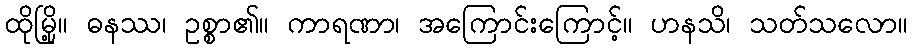
ထိုမြို့။ ဓနဿ၊ ဥစ္စာ၏။ ကာရဏာ၊ အကြောင်းကြောင့်။ ဟနသိ၊ သတ်သလော။